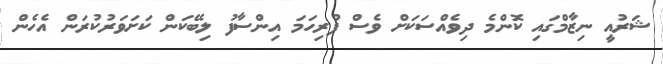
ޝަރުއީ ނިޒާމްގައި ކޮންމެ ދިވެއްސަކަށް ވެސް ފުރިހަމަ އިންސާފު ލިބޭކަން ކަށަވަރުކުރަން އެހެން